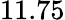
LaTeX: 11.75